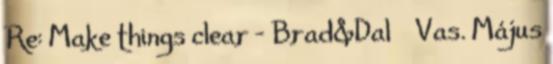
Re: Make things clear - Brad&Dal ₰ Vas. Május